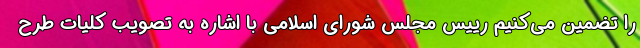
را تضمین می‌کنیم رییس مجلس شورای اسلامی با اشاره به تصویب کلیات طرح